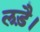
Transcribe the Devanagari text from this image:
लड़ै।